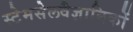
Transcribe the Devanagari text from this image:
स्टेमसेलवैज्ञानिकों